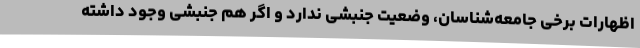
اظهارات برخی جامعه‌شناسان، وضعیت جنبشی ندارد و اگر هم جنبشی وجود داشته